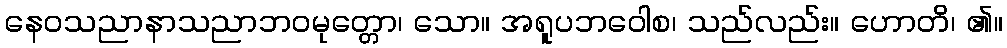
နေဝသညာနာသညာဘဝမုတ္တော၊ သော။ အရူပဘဝေါစ၊ သည်လည်း။ ဟောတိ၊ ၏။